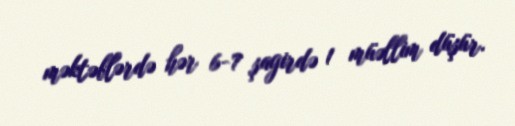
məktəblərdə hər 6-7 şagirdə 1 müəllim düşür.